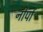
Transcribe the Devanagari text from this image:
नीपों